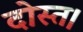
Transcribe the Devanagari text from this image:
दोस्त।